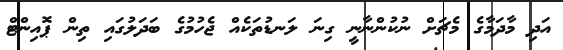
އަދި މާދަމާގެ މެޗަށް ނުކުންނާނީ ގިނަ ލަނޑުތަކެއް ޖެހުމުގެ ބަދަލުގައި ތިން ޕޮއިންޓް